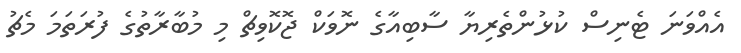
އެއްވަނަ ޓެނިސް ކުޅުންތެރިޔާ ސާބިއާގެ ނޮވަކް ޖޮކޮވިޗް މި މުބާރާތުގެ ފުރަތަމަ މެޗު